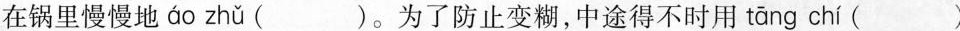
在锅里慢慢地 áo zhǔ ( )。为了防止变糊，中途得不时用 tāng chí ( )